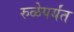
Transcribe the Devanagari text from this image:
रुळेपर्यंत